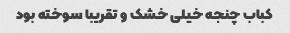
کباب چنجه خیلی خشک و تقریبا سوخته بود